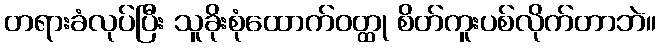
တရားခံလုပ်ပြီး သူခိုးစုံထောက်ဝတ္ထု စိတ်ကူးပစ်လိုက်တာဘဲ။